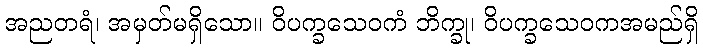
အညတရံ၊ အမှတ်မရှိသော။ ဝိပက္ခသေဝကံ ဘိက္ခု၊ ဝိပက္ခသေဝကအမည်ရှိ